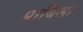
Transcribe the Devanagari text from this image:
प्रार्थिला